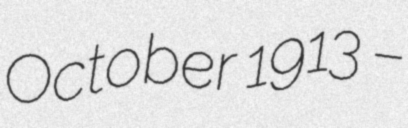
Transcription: October 1913 –